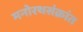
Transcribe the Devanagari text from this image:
मनोरथसंक्रांत